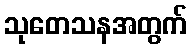
သုတေသနအတွက်